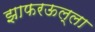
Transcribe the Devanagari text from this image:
झाफरऊल्ला